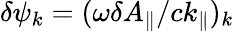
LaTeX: \delta\psi_{k}=(\omega\delta A_{\parallel}/ck_{\parallel})_{k}